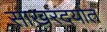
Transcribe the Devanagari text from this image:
साखरदर्यात